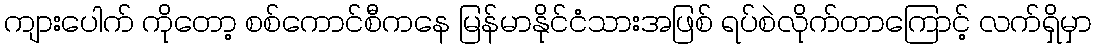
ကျားပေါက် ကိုတော့ စစ်ကောင်စီကနေ မြန်မာနိုင်ငံသားအဖြစ် ရပ်စဲလိုက်တာကြောင့် လက်ရှိမှာ